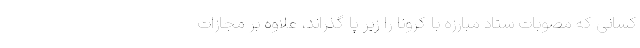
کسانی که مصوبات ستاد مبارزه با کرونا را زیر پا گذراند، علاوه بر مجازات